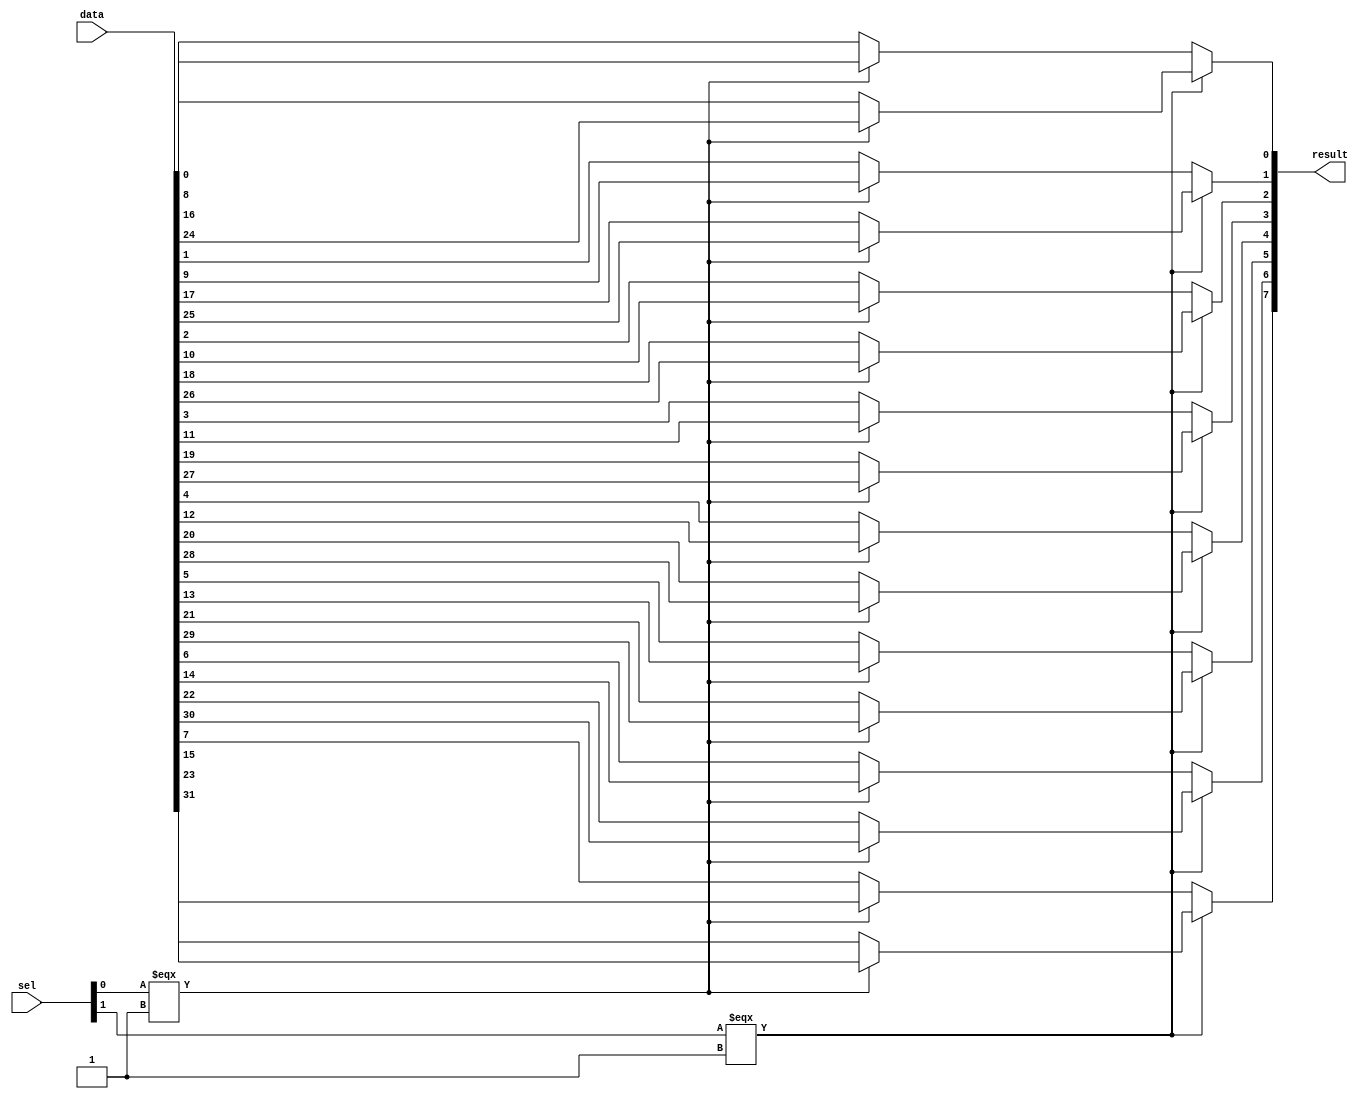
module  lpm_mux0_mux
	( 
	data,
	result,
	sel) /* synthesis synthesis_clearbox=1 */;
	input   [31:0]  data;
	output   [7:0]  result;
	input   [1:0]  sel;
`ifndef ALTERA_RESERVED_QIS
// synopsys translate_off
`endif
	tri0   [31:0]  data;
	tri0   [1:0]  sel;
`ifndef ALTERA_RESERVED_QIS
// synopsys translate_on
`endif

	wire	wire_l1_w0_n0_mux_dataout;
	wire	wire_l1_w0_n1_mux_dataout;
	wire	wire_l1_w1_n0_mux_dataout;
	wire	wire_l1_w1_n1_mux_dataout;
	wire	wire_l1_w2_n0_mux_dataout;
	wire	wire_l1_w2_n1_mux_dataout;
	wire	wire_l1_w3_n0_mux_dataout;
	wire	wire_l1_w3_n1_mux_dataout;
	wire	wire_l1_w4_n0_mux_dataout;
	wire	wire_l1_w4_n1_mux_dataout;
	wire	wire_l1_w5_n0_mux_dataout;
	wire	wire_l1_w5_n1_mux_dataout;
	wire	wire_l1_w6_n0_mux_dataout;
	wire	wire_l1_w6_n1_mux_dataout;
	wire	wire_l1_w7_n0_mux_dataout;
	wire	wire_l1_w7_n1_mux_dataout;
	wire	wire_l2_w0_n0_mux_dataout;
	wire	wire_l2_w1_n0_mux_dataout;
	wire	wire_l2_w2_n0_mux_dataout;
	wire	wire_l2_w3_n0_mux_dataout;
	wire	wire_l2_w4_n0_mux_dataout;
	wire	wire_l2_w5_n0_mux_dataout;
	wire	wire_l2_w6_n0_mux_dataout;
	wire	wire_l2_w7_n0_mux_dataout;
	wire  [47:0]  data_wire;
	wire  [7:0]  result_wire_ext;
	wire  [3:0]  sel_wire;

	assign		wire_l1_w0_n0_mux_dataout = (sel_wire[0] === 1'b1) ? data_wire[8] : data_wire[0];
	assign		wire_l1_w0_n1_mux_dataout = (sel_wire[0] === 1'b1) ? data_wire[24] : data_wire[16];
	assign		wire_l1_w1_n0_mux_dataout = (sel_wire[0] === 1'b1) ? data_wire[9] : data_wire[1];
	assign		wire_l1_w1_n1_mux_dataout = (sel_wire[0] === 1'b1) ? data_wire[25] : data_wire[17];
	assign		wire_l1_w2_n0_mux_dataout = (sel_wire[0] === 1'b1) ? data_wire[10] : data_wire[2];
	assign		wire_l1_w2_n1_mux_dataout = (sel_wire[0] === 1'b1) ? data_wire[26] : data_wire[18];
	assign		wire_l1_w3_n0_mux_dataout = (sel_wire[0] === 1'b1) ? data_wire[11] : data_wire[3];
	assign		wire_l1_w3_n1_mux_dataout = (sel_wire[0] === 1'b1) ? data_wire[27] : data_wire[19];
	assign		wire_l1_w4_n0_mux_dataout = (sel_wire[0] === 1'b1) ? data_wire[12] : data_wire[4];
	assign		wire_l1_w4_n1_mux_dataout = (sel_wire[0] === 1'b1) ? data_wire[28] : data_wire[20];
	assign		wire_l1_w5_n0_mux_dataout = (sel_wire[0] === 1'b1) ? data_wire[13] : data_wire[5];
	assign		wire_l1_w5_n1_mux_dataout = (sel_wire[0] === 1'b1) ? data_wire[29] : data_wire[21];
	assign		wire_l1_w6_n0_mux_dataout = (sel_wire[0] === 1'b1) ? data_wire[14] : data_wire[6];
	assign		wire_l1_w6_n1_mux_dataout = (sel_wire[0] === 1'b1) ? data_wire[30] : data_wire[22];
	assign		wire_l1_w7_n0_mux_dataout = (sel_wire[0] === 1'b1) ? data_wire[15] : data_wire[7];
	assign		wire_l1_w7_n1_mux_dataout = (sel_wire[0] === 1'b1) ? data_wire[31] : data_wire[23];
	assign		wire_l2_w0_n0_mux_dataout = (sel_wire[3] === 1'b1) ? data_wire[33] : data_wire[32];
	assign		wire_l2_w1_n0_mux_dataout = (sel_wire[3] === 1'b1) ? data_wire[35] : data_wire[34];
	assign		wire_l2_w2_n0_mux_dataout = (sel_wire[3] === 1'b1) ? data_wire[37] : data_wire[36];
	assign		wire_l2_w3_n0_mux_dataout = (sel_wire[3] === 1'b1) ? data_wire[39] : data_wire[38];
	assign		wire_l2_w4_n0_mux_dataout = (sel_wire[3] === 1'b1) ? data_wire[41] : data_wire[40];
	assign		wire_l2_w5_n0_mux_dataout = (sel_wire[3] === 1'b1) ? data_wire[43] : data_wire[42];
	assign		wire_l2_w6_n0_mux_dataout = (sel_wire[3] === 1'b1) ? data_wire[45] : data_wire[44];
	assign		wire_l2_w7_n0_mux_dataout = (sel_wire[3] === 1'b1) ? data_wire[47] : data_wire[46];
	assign
		data_wire = {wire_l1_w7_n1_mux_dataout, wire_l1_w7_n0_mux_dataout, wire_l1_w6_n1_mux_dataout, wire_l1_w6_n0_mux_dataout, wire_l1_w5_n1_mux_dataout, wire_l1_w5_n0_mux_dataout, wire_l1_w4_n1_mux_dataout, wire_l1_w4_n0_mux_dataout, wire_l1_w3_n1_mux_dataout, wire_l1_w3_n0_mux_dataout, wire_l1_w2_n1_mux_dataout, wire_l1_w2_n0_mux_dataout, wire_l1_w1_n1_mux_dataout, wire_l1_w1_n0_mux_dataout, wire_l1_w0_n1_mux_dataout, wire_l1_w0_n0_mux_dataout, data},
		result = result_wire_ext,
		result_wire_ext = {wire_l2_w7_n0_mux_dataout, wire_l2_w6_n0_mux_dataout, wire_l2_w5_n0_mux_dataout, wire_l2_w4_n0_mux_dataout, wire_l2_w3_n0_mux_dataout, wire_l2_w2_n0_mux_dataout, wire_l2_w1_n0_mux_dataout, wire_l2_w0_n0_mux_dataout},
		sel_wire = {sel[1], {2{1'b0}}, sel[0]};
endmodule
module lpm_mux0 (
	data0x,
	data1x,
	data2x,
	data3x,
	sel,
	result)/* synthesis synthesis_clearbox = 1 */;

	input	[7:0]  data0x;
	input	[7:0]  data1x;
	input	[7:0]  data2x;
	input	[7:0]  data3x;
	input	[1:0]  sel;
	output	[7:0]  result;

	wire [7:0] sub_wire0;
	wire [7:0] sub_wire5 = data0x[7:0];
	wire [7:0] sub_wire4 = data1x[7:0];
	wire [7:0] sub_wire3 = data2x[7:0];
	wire [7:0] result = sub_wire0[7:0];
	wire [7:0] sub_wire1 = data3x[7:0];
	wire [31:0] sub_wire2 = {sub_wire5, sub_wire4, sub_wire3, sub_wire1};

	lpm_mux0_mux	lpm_mux0_mux_component (
				.sel (sel),
				.data (sub_wire2),
				.result (sub_wire0));

endmodule